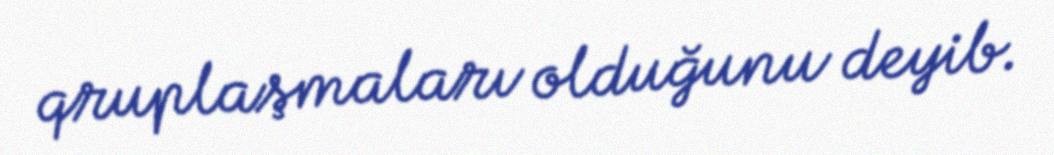
qruplaşmaları olduğunu deyib.